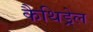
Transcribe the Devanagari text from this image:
कैथिड्रेल